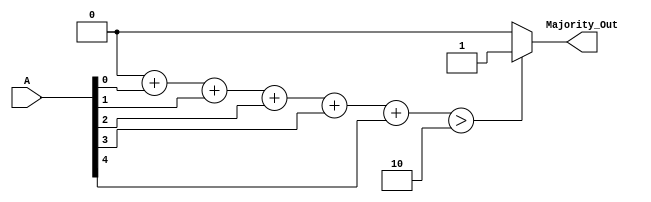
module MajorityVotingDetector (
    input wire [4:0] A,          // 5 input signals
    output reg Majority_Out      // Majority output
);

    integer count_ones;          // Counter for number of 1s
    integer i;

    always @(*) begin
        count_ones = 0;          // Initialize count of 1s

        // Count the number of 1s in the input signals
        for (i = 0; i < 5; i = i + 1) begin
            count_ones = count_ones + A[i];
        end

        // Determine Majority Output
        if (count_ones > 2)        // More than half of 5 (which is 2.5)
            Majority_Out = 1;      // Majority is 1
        else
            Majority_Out = 0;      // Majority is 0
    end

endmodule